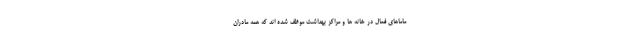
ماماهای فعال در خانه ها و مراکز بهداشت موظف شده اند که همه مادران